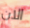
الان